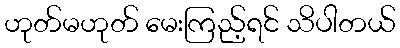
ဟုတ်မဟုတ် မေးကြည့်ရင် သိပါတယ်